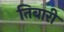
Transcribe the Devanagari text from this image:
तिबारी